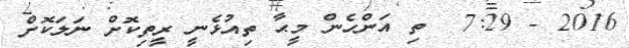
2016 - 7:29  ތި އަންހެން މީޙާ ތިއުޅެނީ ރީތިކޮށް ނަލަކޮށް